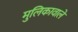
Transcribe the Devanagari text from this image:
मुलिकावाले